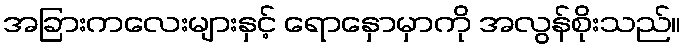
အခြားကလေးများနှင့် ရောနှောမှာကို အလွန်စိုးသည်။